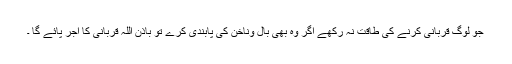
جو لوگ قربانی کرنے کی طاقت نہ رکھے اگر وہ بھی بال وناخن کی پابندی کرے تو باذن اللہ قربانی کا اجر پائے گا ۔